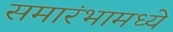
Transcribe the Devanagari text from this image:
समारंभामध्ये